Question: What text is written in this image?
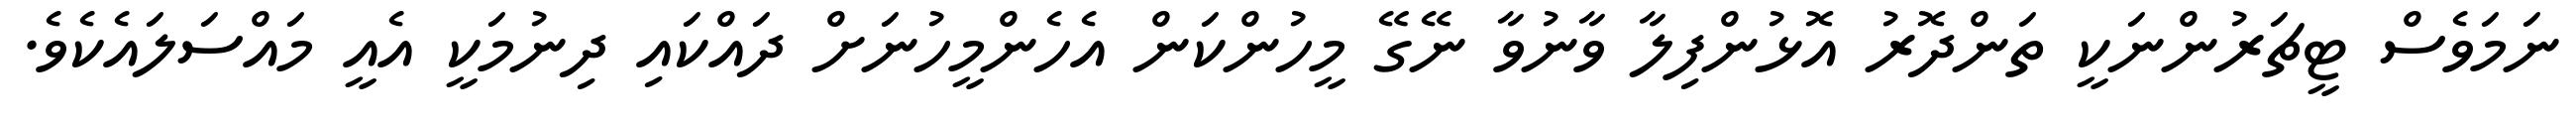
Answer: ނަމަވެސް ޓީޗަރުންނަކީ ތަންދޮރު އޮޅުންފިލާ ވާނުވާ ނޭގޭ މީހުންކަން އެހެންމީހުނަށް ދައްކައި ދިނުމަކީ އެއީ މައްސަލައެކެވެ.